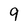
Character: 9